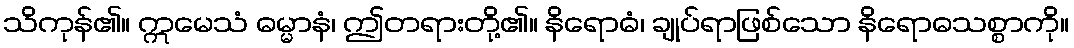
သိကုန်၏။ ဣမေသံ ဓမ္မာနံ၊ ဤတရားတို့၏။ နိရောဓံ၊ ချုပ်ရာဖြစ်သော နိရောဓသစ္စာကို။